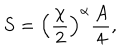
S = \left( \frac { \chi } { 2 } \right) ^ { \alpha } \frac { A } { 4 } ,